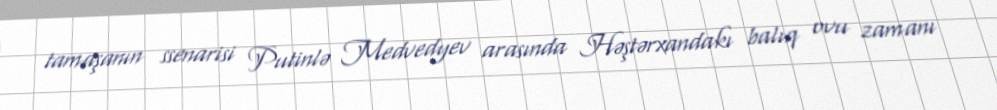
tamaşanın ssenarisi Putinlə Medvedyev arasında Həştərxandakı balıq ovu zamanı